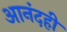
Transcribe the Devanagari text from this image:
आनंदही